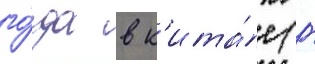
го́да в к'ита́е (г